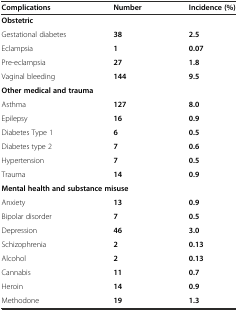
<table><thead><tr><td><b>Complications</b></td><td><b>Number</b></td><td><b>Incidence (%)</b></td></tr></thead><tbody><tr><td><b>Obstetric</b></td><td>[EMPTY_CELL]</td><td>[EMPTY_CELL]</td></tr><tr><td>Gestational diabetes</td><td><b>38</b></td><td><b>2.5</b></td></tr><tr><td>Eclampsia</td><td><b>1</b></td><td><b>0.07</b></td></tr><tr><td>Pre-eclampsia</td><td><b>27</b></td><td><b>1.8</b></td></tr><tr><td>Vaginal bleeding</td><td><b>144</b></td><td><b>9.5</b></td></tr><tr><td colspan="3"><b>Other medical and trauma</b></td></tr><tr><td>Asthma</td><td><b>127</b></td><td><b>8.0</b></td></tr><tr><td>Epilepsy</td><td><b>16</b></td><td><b>0.9</b></td></tr><tr><td>Diabetes Type 1</td><td><b>6</b></td><td><b>0.5</b></td></tr><tr><td>Diabetes type 2</td><td><b>7</b></td><td><b>0.6</b></td></tr><tr><td>Hypertension</td><td><b>7</b></td><td><b>0.5</b></td></tr><tr><td>Trauma</td><td><b>14</b></td><td><b>0.9</b></td></tr><tr><td colspan="3"><b>Mental health and substance misuse</b></td></tr><tr><td>Anxiety</td><td><b>13</b></td><td><b>0.9</b></td></tr><tr><td>Bipolar disorder</td><td><b>7</b></td><td><b>0.5</b></td></tr><tr><td>Depression</td><td><b>46</b></td><td><b>3.0</b></td></tr><tr><td>Schizophrenia</td><td><b>2</b></td><td><b>0.13</b></td></tr><tr><td>Alcohol</td><td><b>2</b></td><td><b>0.13</b></td></tr><tr><td>Cannabis</td><td><b>11</b></td><td><b>0.7</b></td></tr><tr><td>Heroin</td><td><b>14</b></td><td><b>0.9</b></td></tr><tr><td>Methodone</td><td><b>19</b></td><td><b>1.3</b></td></tr></tbody></table>